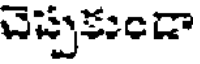
చెప్పకుండా